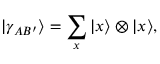
| \gamma _ { A B ^ { \prime } } \rangle = \sum _ { x } | x \rangle \otimes | x \rangle ,